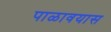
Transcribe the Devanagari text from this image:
पाळावयास